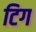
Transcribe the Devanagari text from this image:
टिग